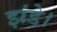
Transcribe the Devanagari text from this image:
झंडे।